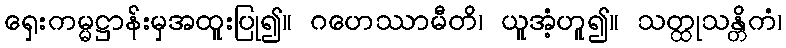
ရှေးကမ္မဋ္ဌာန်းမှအထူးပြု၍။ ဂဟေဿာမီတိ၊ ယူအံ့ဟူ၍။ သတ္ထုသန္တိကံ၊